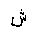
Letter: _shin